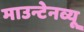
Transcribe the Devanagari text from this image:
माउन्टेनव्यू